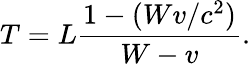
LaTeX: T=L{\frac{1-(Wv/c^{2})}{W-v}}.